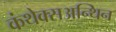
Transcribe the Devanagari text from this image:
कंथेक्सअन्थिन